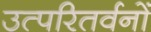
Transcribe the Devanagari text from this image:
उत्परितर्वनों